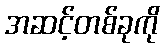
အဆင့်တစ်ခုကို